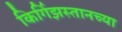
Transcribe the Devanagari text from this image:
किर्गिझस्तानच्या